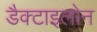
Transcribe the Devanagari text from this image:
डैक्टाइलोन